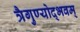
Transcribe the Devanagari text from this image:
त्रैगुण्योद्भवम्